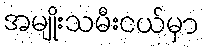
အမျိုးသမီးငယ်မှာ